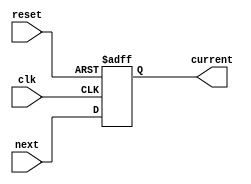
`timescale 1ns / 1ps

//program counter: output current instruction, input next instruction
module PC #(parameter WIDTH = 8) (clk, reset, next, current);
  input clk, reset;
  input [WIDTH-1:0] next;
  output reg [WIDTH-1:0] current;
  
  always @(posedge clk, posedge reset) begin
    if(reset)  current <= 0;
    else  current <= next;
  end
endmodule